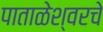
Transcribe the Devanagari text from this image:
पाताळेश्वरचे